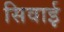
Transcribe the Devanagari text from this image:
सिवाई